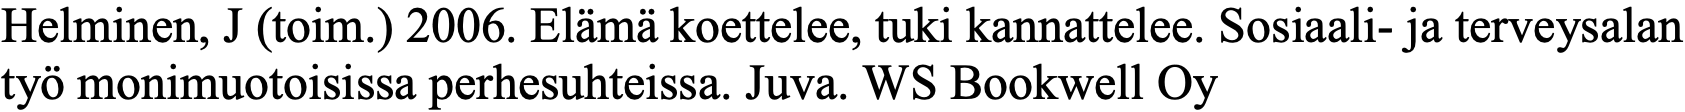
Helminen, J (toim.) 2006. Elämä koettelee, tuki kannattelee. Sosiaali- ja terveysalan työ monimuotoisissa perhesuhteissa. Juva. WS Bookwell Oy